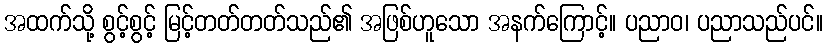
အထက်သို့ စွင့်စွင့် မြင့်တတ်တတ်သည်၏ အဖြစ်ဟူသော အနက်ကြောင့်။ ပညာဝ၊ ပညာသည်ပင်။